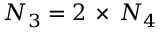
{ \cal N } _ { 3 } = 2 \, \times \, { \cal N } _ { 4 }